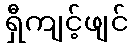
ရှီကျင့်ဖျင်